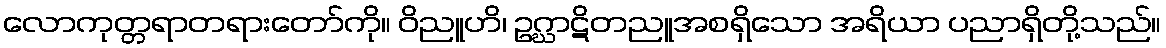
လောကုတ္တရာတရားတော်ကို။ ဝိညူဟိ၊ ဥဂ္ဃာဋိတညူအစရှိသော အရိယာ ပညာရှိတို့သည်။